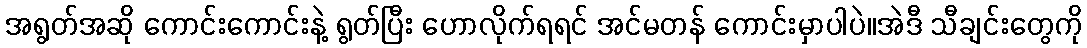
အရွတ်အဆို ကောင်းကောင်းနဲ့ ရွတ်ပြီး ဟောလိုက်ရရင် အင်မတန် ကောင်းမှာပါပဲ။အဲဒီ သီချင်းတွေကို